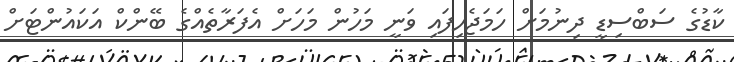
ކާޑުގެ ސަބްސިޑީ ދިނުމަށް ހަމަޖެހިފައި ވަނީ މަހުން މަހަށް އެފަރާތެއްގެ ބޭންކް އަކައުންޓަށް